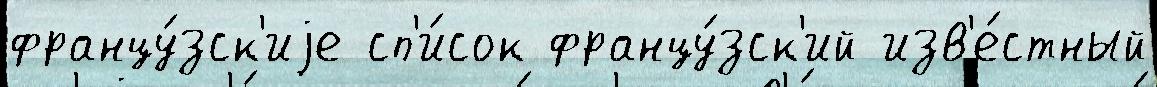
францу́зск'иjе сп'и́сок францу́зск'ий изв'е́стный